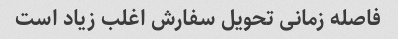
فاصله زمانی تحویل سفارش اغلب زیاد است